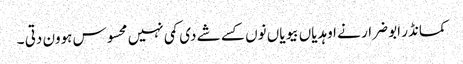
کمانڈر ابو ضرار نے اوہدیاں بیویاں نوں کسے شے دی کمی نہیں محسوس ہوون دتی ۔